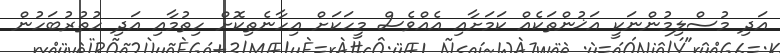
އަދި މުސްލިމުންނަކީ އަޚުންތަކެއް ކަމަށާއި އެއްވެސް މީހަކަށް އިހާނެތިކޮށް ހިތުމާއި އަދި ހުތުރުބަހުން